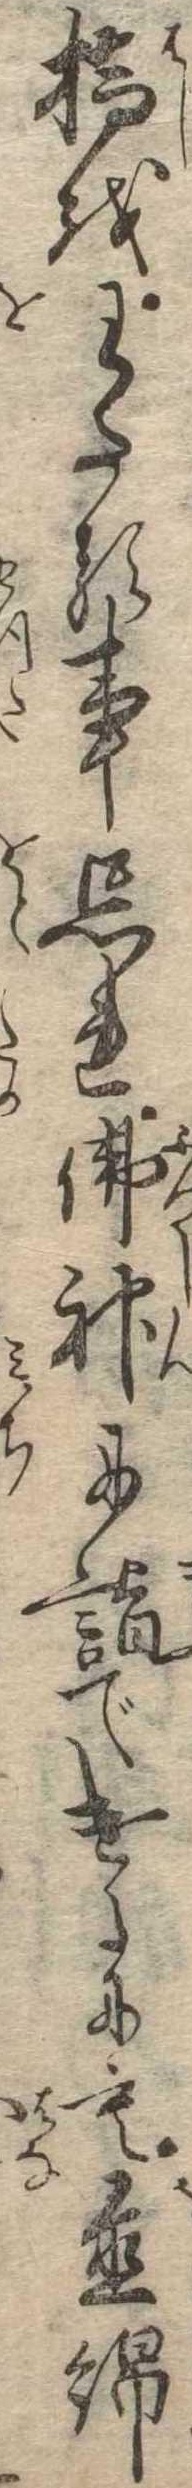
橋をわたる事忘れ仏神に詣でけるにも置綿